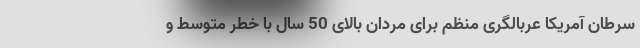
سرطان آمریکا عربالگری منظم برای مردان بالای 50 سال با خطر متوسط و